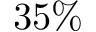
3 5 \%